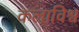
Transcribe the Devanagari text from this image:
कलाविश्व